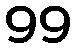
99